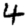
Digit: 4